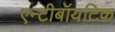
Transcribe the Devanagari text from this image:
एन्टीबॉयटिक